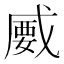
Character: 𢧦